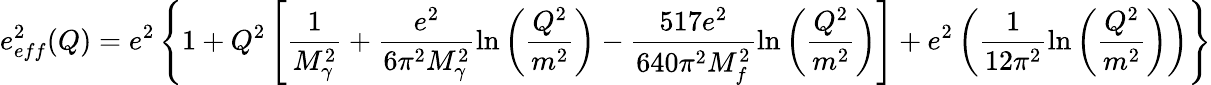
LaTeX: e_{eff}^{2}(Q)=e^{2}\left\lbrace 1+Q^{2}\left[\frac{1}{M_{\gamma}^{2}}+\frac{e^{2}}{6\pi^{2}M_{\gamma}^{2}}\ln\left(\frac{Q^{2}}{m^{2}}\right)-\frac{517e^{2}}{640\pi^{2}M_{f}^{2}}\ln\left(\frac{Q^{2}}{m^{2}}\right)\right]+e^{2}\left(\frac{1}{12\pi^{2}}\ln\left(\frac{Q^{2}}{m^{2}}\right)\right)\right\rbrace